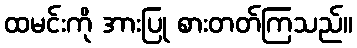
ထမင်းကို အားပြု စားတတ်ကြသည်။